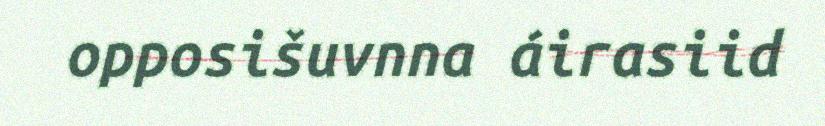
opposišuvnna áirasiid